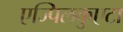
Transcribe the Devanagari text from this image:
एज्पिलकुएटा